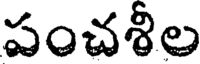
పంచశీల